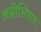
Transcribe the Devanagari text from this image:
अग्नीशिवाय